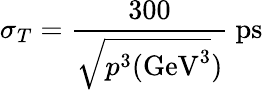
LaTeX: \sigma_{T}=\frac{300}{\sqrt{p^{3}\mathrm{(GeV^{3}}})}~\mathrm{{ps}}